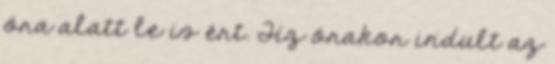
óra alatt le is ért. Tíz órakor indult az